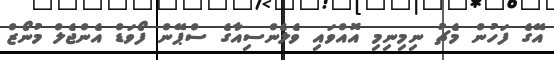
އޭގެ ފަހުން މެޗު ނިމިނިމި އޮއްވައި ވެލެންސިއާގެ ސްޕޭން ފޯވަޑް އެންޖެލް މުނޯޒް